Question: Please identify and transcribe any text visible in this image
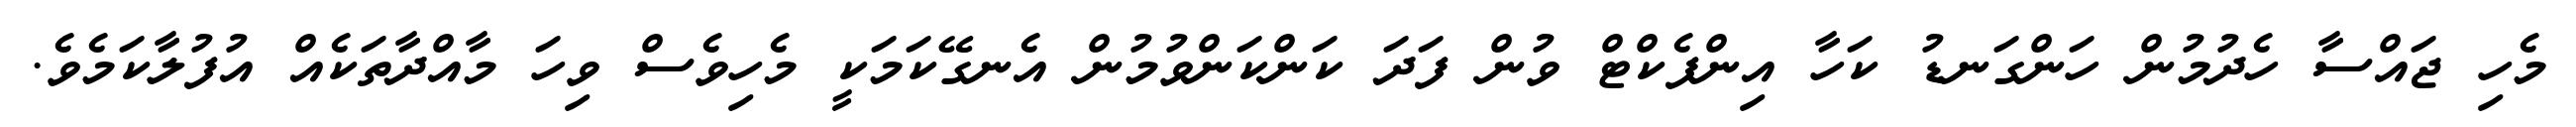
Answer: މެހި ޖައްސާ ހެދުމުން ހަންގަނޑު ކަހާ އިންފެކްޓް ވުން ފަދަ ކަންކަންވުމުން އެނގޭކަމަކީ މެހިވެސް ވިހަ މާއްދާތަކެއް އުފުލާކަމެވެ.